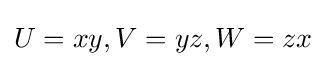
U=xy,V=yz,W=zx